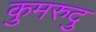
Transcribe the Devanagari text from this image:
कुमरुदु